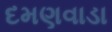
દમણવાડા